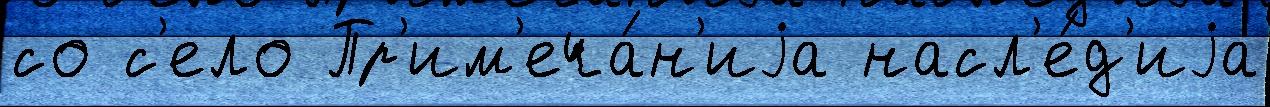
со с'ело Пр'им'еча́н'иjа насл'е́д'иjа